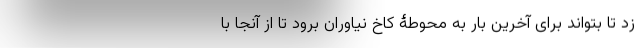
زد تا بتواند برای آخرین بار به محوطۀ کاخ نیاوران برود تا از آنجا با